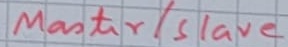
Text: Master/Slave